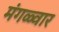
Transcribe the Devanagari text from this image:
मंगळ्वार